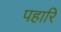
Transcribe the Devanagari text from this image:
पहारि